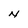
Character: N